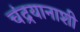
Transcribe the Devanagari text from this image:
चंद्रयानाशी